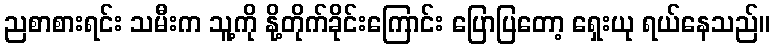
ညစာစားရင်း သမီးက သူ့ကို နို့တိုက်ခိုင်းကြောင်း ပြောပြတော့ ရှေးယု ရယ်နေသည်။